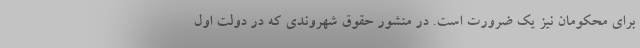
برای محکومان نیز یک ضرورت است. در منشور حقوق شهروندی که در دولت اول